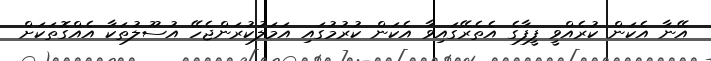
އޭނާ އެކަން ކުރެއްވީ ފީފާގެ އެތެރޭގައިވާ އެކަން ކުރުމުގައި އަމަލުކުރަންޖެހޭ އުސޫލުތަކާ އެއްގޮތަކަށް